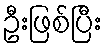
ဦးဖြစ်ပြီး